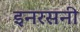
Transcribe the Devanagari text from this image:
इनरसनी